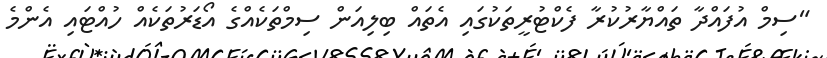
"ސިމް އުފައްދާ ތައްޔާރުކުރާ ފެކްޓުރީތަކުގައި އެތައް ބިލިއަން ސިމްތަކެއްގެ އޯޑަރުތަކެއް ހުއްޓައި އެންމެ